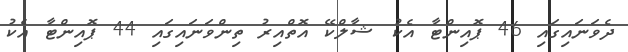
ދެވަނައިގައި 46 ޕޮއިންޓާ އެކު ޝާލްކޭ އޮތްއިރު ތިންވަނައިގައި 44 ޕޮއިންޓާ އެކު